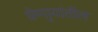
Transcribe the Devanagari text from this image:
घेणार्‍यांतील